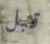
قبل